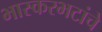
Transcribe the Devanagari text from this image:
भास्करभटांचे